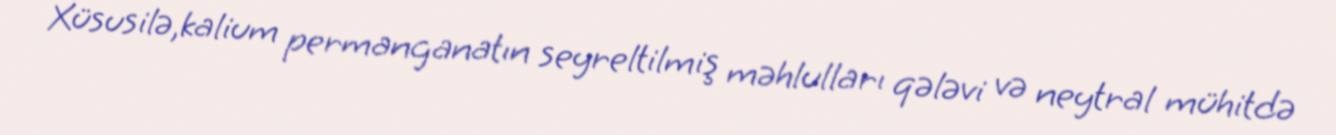
Xüsusilə,kalium permanganatın seyreltilmiş məhlulları qələvi və neytral mühitdə